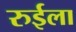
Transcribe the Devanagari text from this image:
रुईला